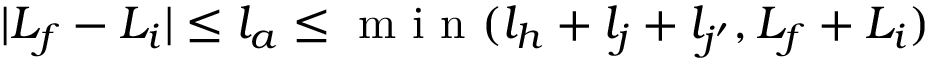
\vert { L } _ { f } - { L } _ { i } \vert \leq l _ { a } \leq \mathrm { ~ m ~ i ~ n ~ } ( l _ { h } + l _ { j } + l _ { j ^ { \prime } } , { L } _ { f } + { L } _ { i } )